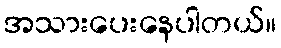
အသားပေးနေပါတယ်။